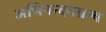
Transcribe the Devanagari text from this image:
अभिनन्दनग्रन्थ